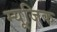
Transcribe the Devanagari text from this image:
म्यूजि़क